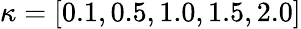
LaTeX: \kappa=[0.1,0.5,1.0,1.5,2.0]